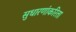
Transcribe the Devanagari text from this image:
सुधारणांकरिता